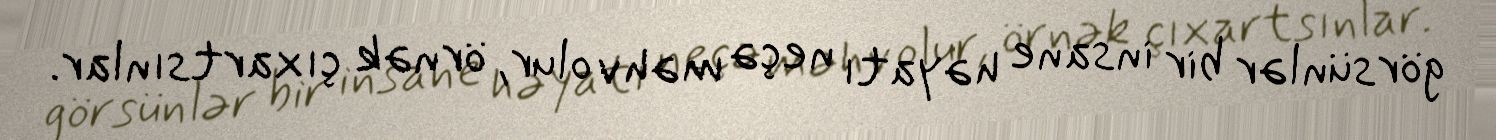
görsünlər bir insane həyatı neçə məhv olur, örnək çıxartsınlar.